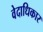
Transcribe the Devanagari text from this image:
वेदाधिकार